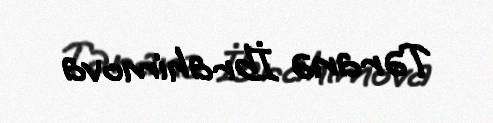
Təranə İbrahimova